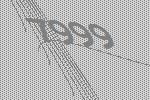
7999